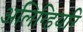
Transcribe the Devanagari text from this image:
अलिग्हियरि